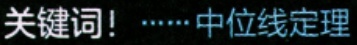
关键词！······中位线定理